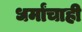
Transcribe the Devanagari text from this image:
धर्मांचाही